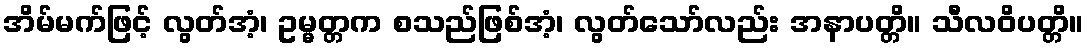
အိမ်မက်ဖြင့် လွတ်အံ့၊ ဥမ္မတ္တက စသည်ဖြစ်အံ့၊ လွတ်သော်လည်း အနာပတ္တိ။ သီလဝိပတ္တိ။